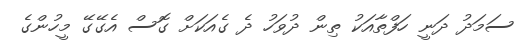
ސަމަދު ދަނީ ހަފްތާއަކު ތިން ދުވަހު ދެ ގެއަކަށް ގޮސް އެގޭގޭ މީހުންގެ